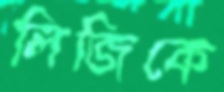
লিজিকে